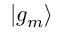
| g _ { m } \rangle